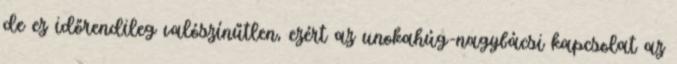
de ez időrendileg valószínűtlen, ezért az unokahúg-nagybácsi kapcsolat az